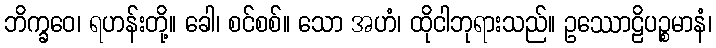
ဘိက္ခဝေ၊ ရဟန်းတို့။ ခေါ၊ စင်စစ်။ သော အဟံ၊ ထိုငါဘုရားသည်။ ဥဿောဠိပဉ္စမာနံ၊